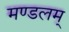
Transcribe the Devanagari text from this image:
मण्डलम्